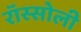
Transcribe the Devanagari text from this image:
रॉस्सोली